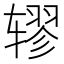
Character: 𫐖